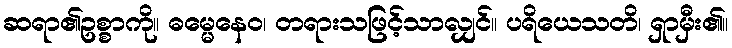
ဆရာ၏ဥစ္စာကို။ ဓမ္မေနေဝ၊ တရားသဖြင့်သာလျှင်။ ပရိယေသတိ၊ ရှာမှီး၏။